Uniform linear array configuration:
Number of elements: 48
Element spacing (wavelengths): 0.5
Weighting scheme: blackman
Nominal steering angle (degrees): -45
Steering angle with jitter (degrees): -46.649
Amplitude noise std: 0.05
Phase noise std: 0.05

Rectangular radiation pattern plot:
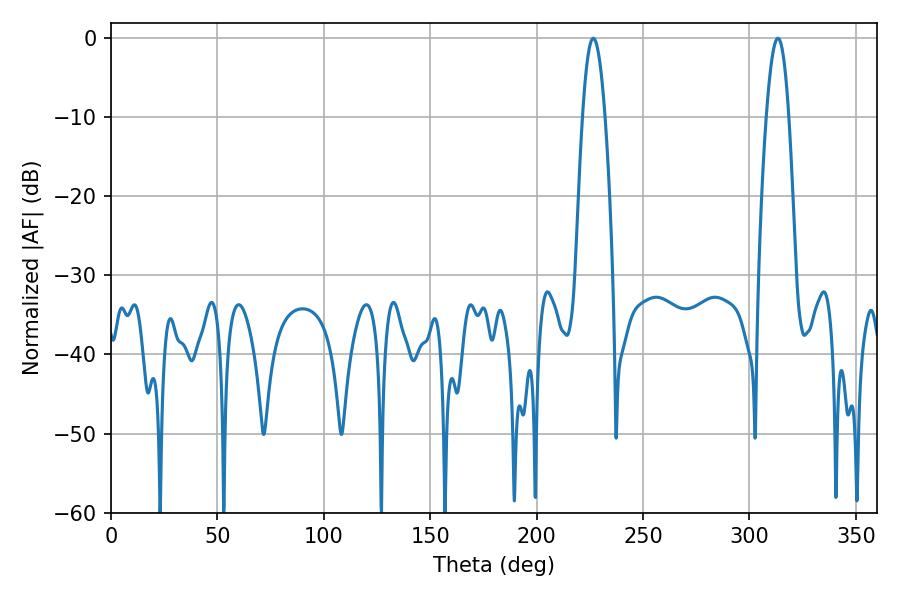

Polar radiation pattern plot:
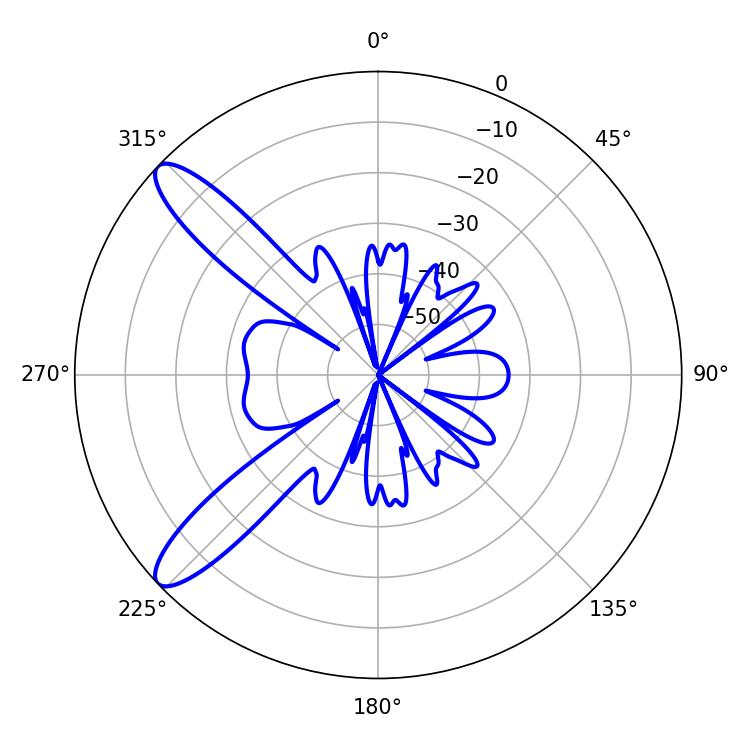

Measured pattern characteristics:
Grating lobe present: FALSE
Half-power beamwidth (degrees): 5.76
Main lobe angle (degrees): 226.62